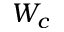
W _ { c }